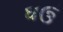
ઘઉ